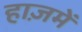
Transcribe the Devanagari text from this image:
हाज़में